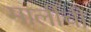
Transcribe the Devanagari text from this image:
मार्लीची